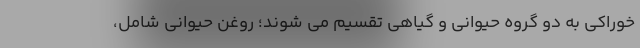
خوراکی به دو گروه حیوانی و گیاهی تقسیم می شوند؛ روغن حیوانی شامل،